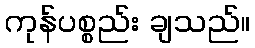
ကုန်ပစ္စည်း ချသည်။